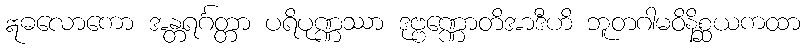
ဣဓလောကော အန္တရင်္ဂတ္တာ ပရိပုဏ္ဏဿာ ဒုဗ္ဗဏ္ဏောတိအာဒီဟိ ဘူတဂါမဝိနိစ္ဆယကထာ